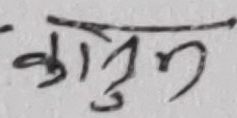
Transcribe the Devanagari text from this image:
कानुन